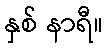
နှစ် နာရီ။